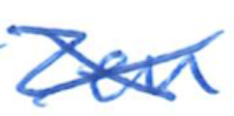
Text: Zen
Cross-out: mix
Writing tool: ballpoint